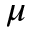
\mu